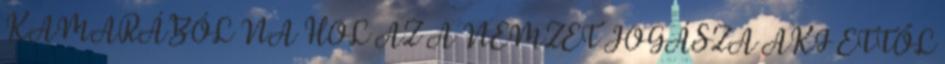
KAMARÁBÓL NA HOL AZ A NEMZET JOGÁSZA AKI ETTŐL